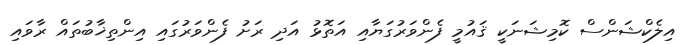
އިލެކްޝަންސް ކޮމިޝަނަކީ ޤައުމީ ފެންވަރުގަޔާއި އަތޮޅު އަދި ރަށު ފެންވަރުގައި އިންތިޚާބުތައް ރާވައި